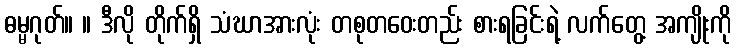
ဓမ္မဂုတ်။ ။ ဒီလို တိုက်ရှိ သံဃာအားလုံး တစုတဝေးတည်း စားရခြင်းရဲ့ လက်တွေ့ အကျိုးကို